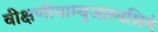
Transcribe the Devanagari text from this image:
वीक्षणीयाम्बुजास्यश्रियं